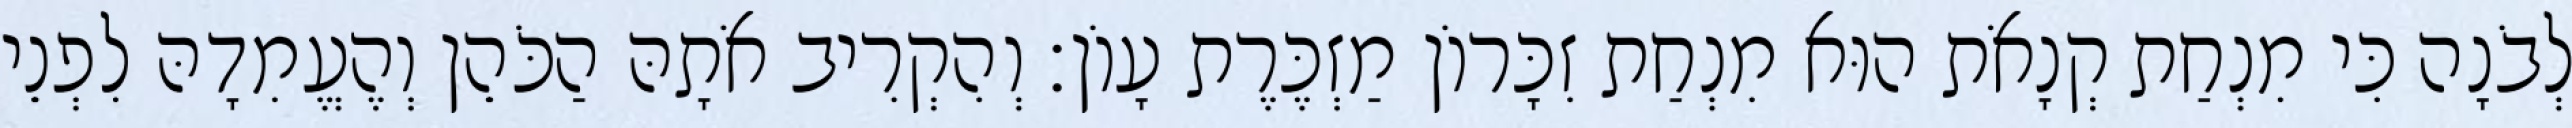
לְבֹנָה כִּי מִנְחַת קְנָאֹת הוּא מִנְחַת זִכָּרוֹן מַזְכֶּרֶת עָוֹן׃ וְהִקְרִיב אֹתָהּ הַכֹּהֵן וְהֶעֱמִדָהּ לִפְנֵי